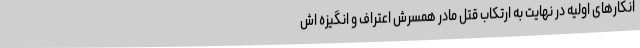
انکارهای اولیه در نهایت به ارتکاب قتل مادر همسرش اعتراف و انگیزه اش